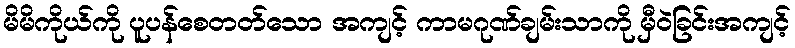
မိမိကိုယ်ကို ပူပန်စေတတ်သော အကျင့် ကာမဂုဏ်ချမ်းသာကို မှီဝဲခြင်းအကျင့်